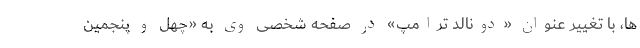
ها، با تغییر عنوان «دونالد ترامپ» در صفحه شخصی وی به «چهل و پنجمین